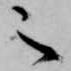
之